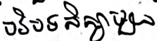
បរិបទសិក្សាមួយ